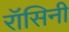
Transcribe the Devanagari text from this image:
रॉसिनी